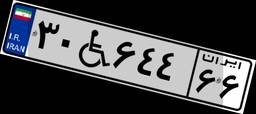
۷۳W۱۲۳۷۹